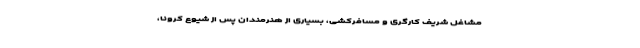
مشاغل شریف کارگری و مسافرکشی، بسیاری از هنرمندان پس از شیوع کرونا،